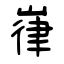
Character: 嵂